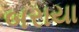
બરાયા